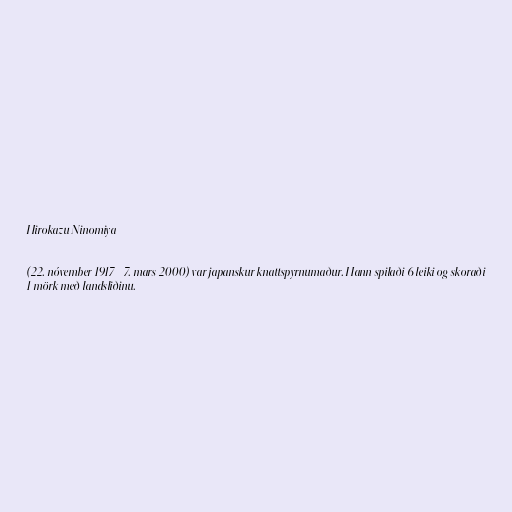
Hirokazu Ninomiya

(22. nóvember 1917 - 7. mars 2000) var japanskur knattspyrnumaður. Hann spilaði 6 leiki og skoraði
1 mörk með landsliðinu.